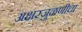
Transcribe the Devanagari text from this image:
अक्षरजुळणीचा